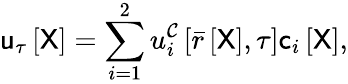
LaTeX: \mathsf{u}_{\tau}\left[\mathsf{X}\right]=\sum_{i=1}^{2}u_{i}^{\mathcal{C}}\left[\bar{r}\left[\mathsf{X}\right],\tau\right]\mathsf{c}_{i}\left[\mathsf{X}\right],